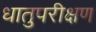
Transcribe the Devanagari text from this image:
धातुपरीक्षण